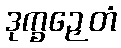
ဒုက္ခဉှေတံ